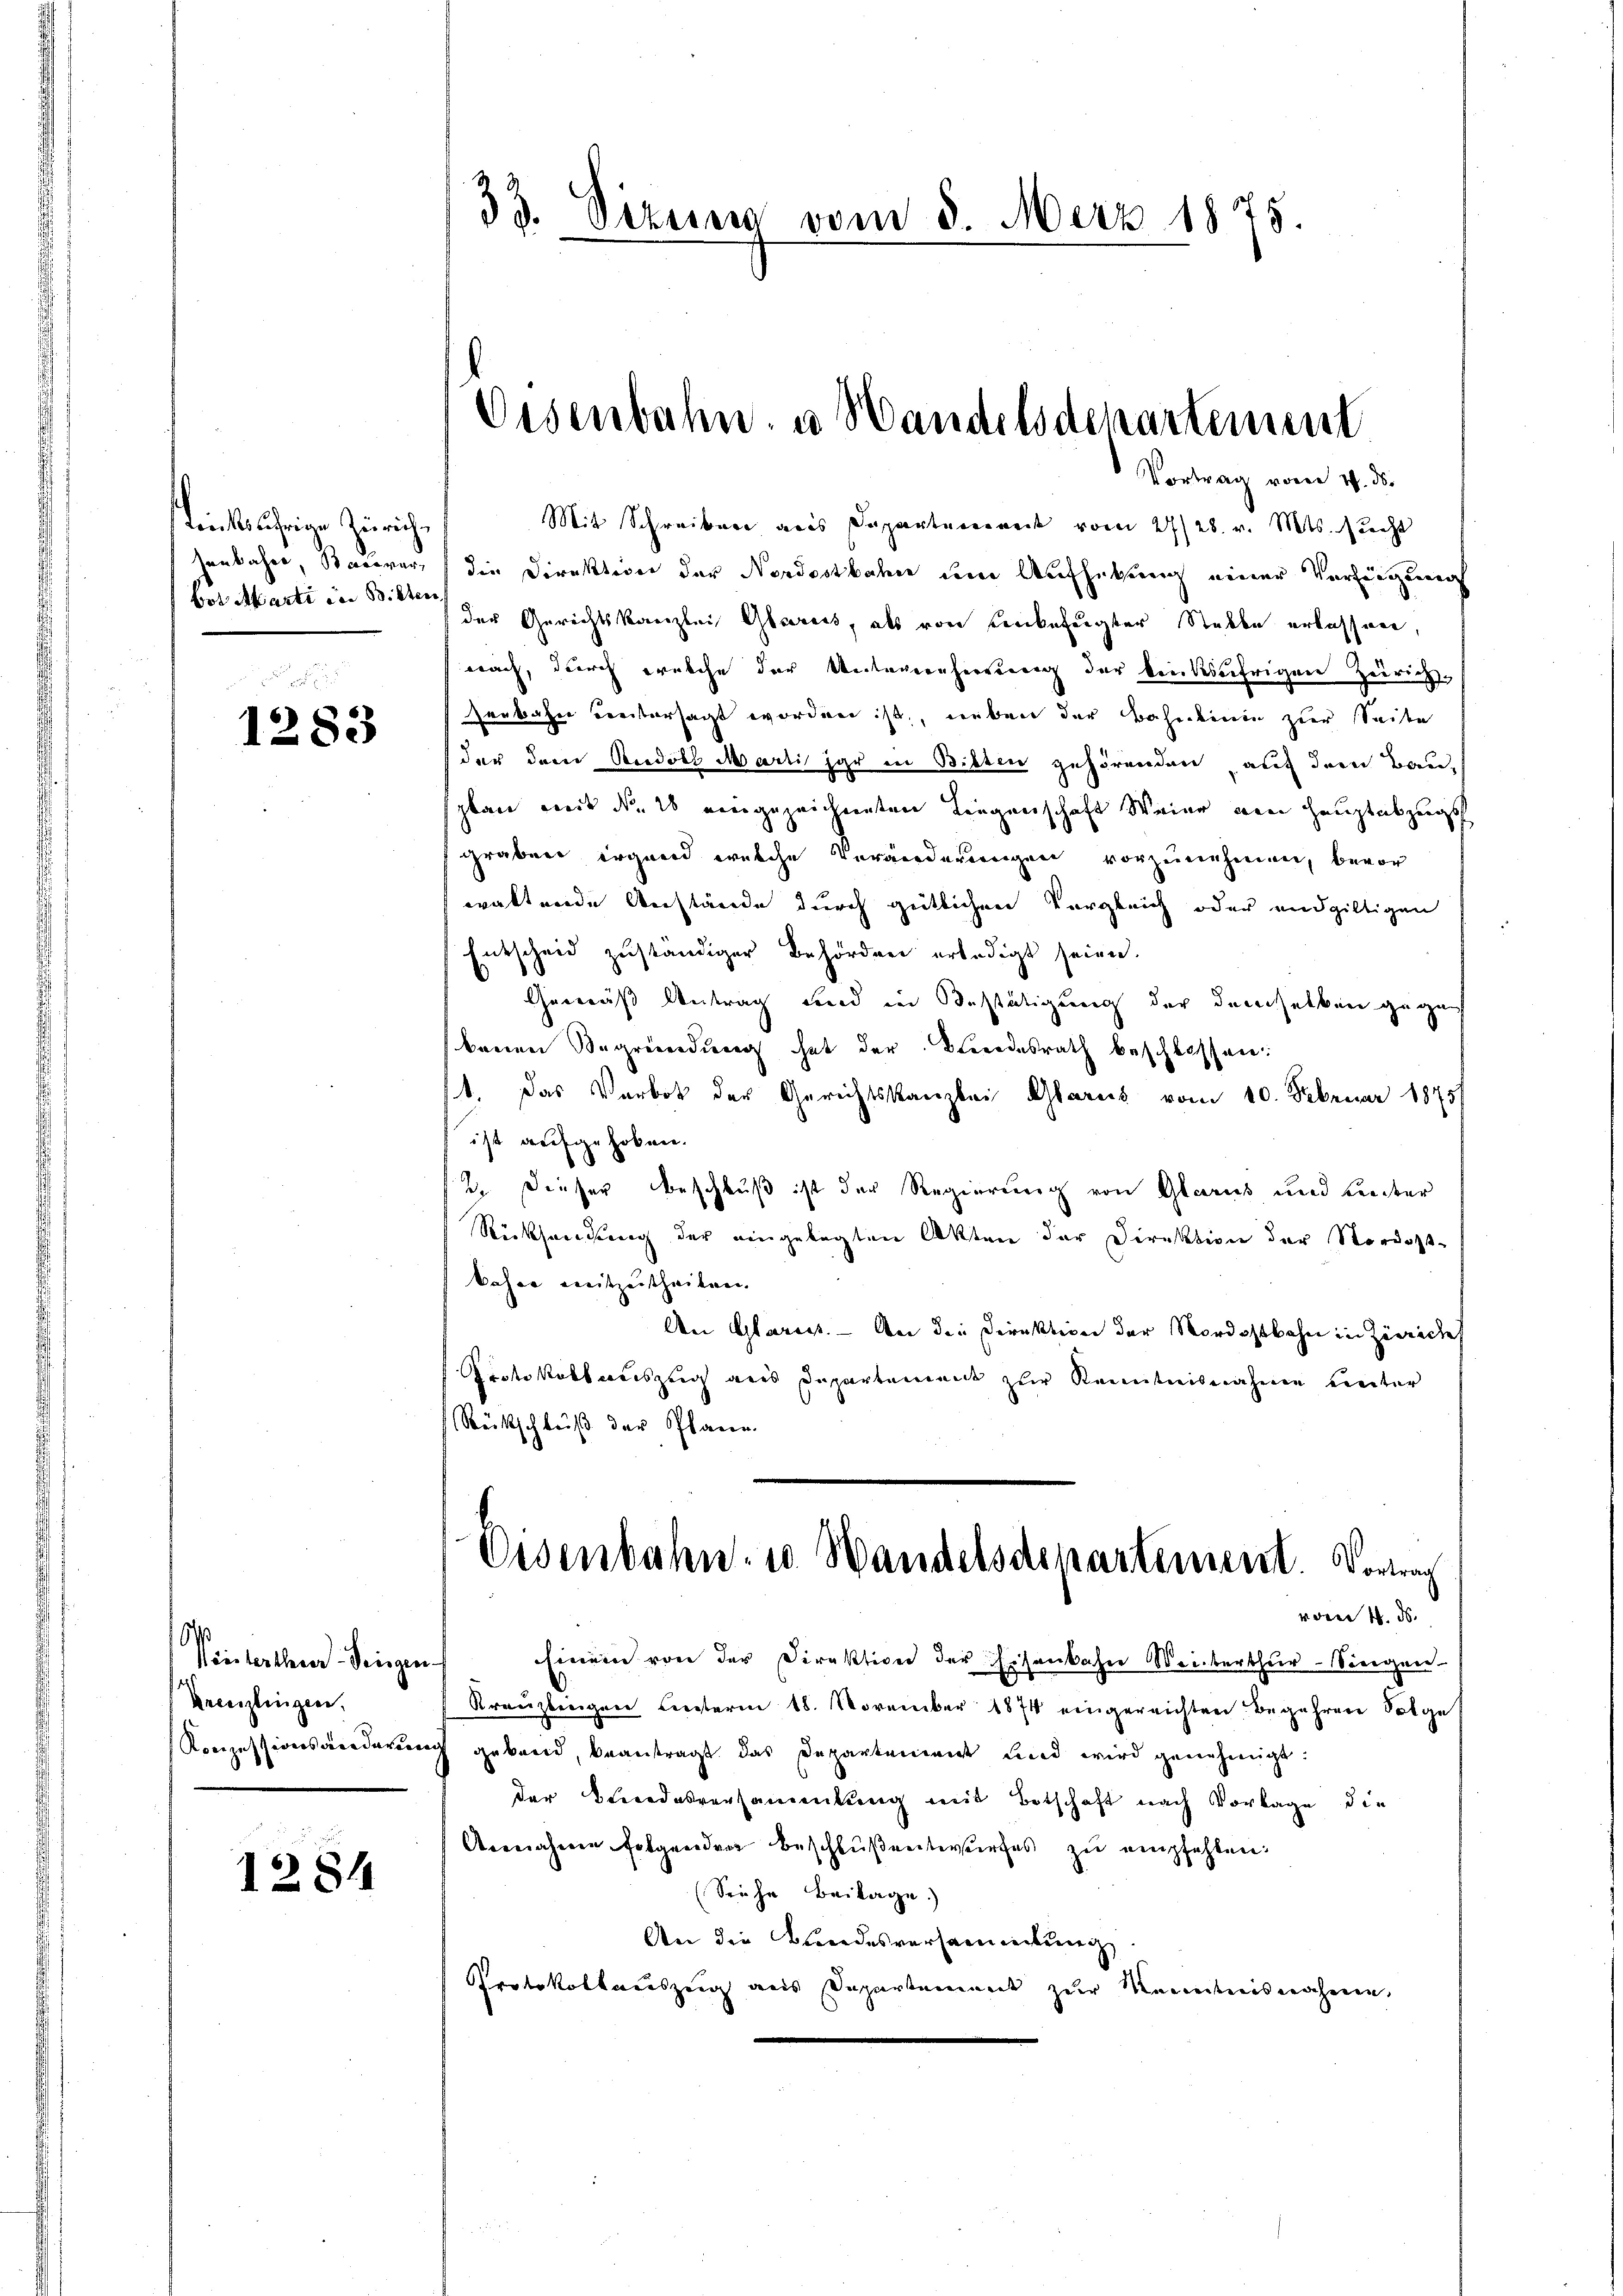
Leichsterian Zürichhenbahre, Baurer,
Bot Marti in Bitten,

1283

16
Vintertheuer Fingen
Kreuzlingen,
Konzessionsarderun

1284

33. Sizung vom 8. Merz 1875.

Disenbahn u Handelsdepartement
Vortrag von 4. ds.

Mit Schreiber aus Departement vom 27. 28. v. Mts. sucht
die Direktion der Nordostbahn um Aufhebung einer Verzeigung
der Gerichtskanzlei Glarus, als von unbefugter Staube erlassene
nach, durch welche der Unternehmung der brückseifrigen Zeirichsenbahre vetersagt worden ist, neben der Bahnlinie zur Seien
der dem Rudols Marti jar in Bitten gehörenden auf dem Bauplan mit dr. 2 eingezeichneten Liegenschaft Weier von Hauptabzugs
graben irgend welche Veränderungen vorzunehmen, bevor
waltende Anstände durch gütlichen Vergleich oder endgültigen
Entscheid zuständiger Behörden erledigt seien.
Gemäß Antrag und in Bestätigung der demselben gegen
bauen Segründung hat der Brendesrath beschlossen:
1. Das Verbot der Gerichtskanzlei Glarus vom 10. Februar 1875
ist aufgehoben.
2. Dieser Beschluß ist der Regierung von Glarus und Leiter
Rücksendung der eingelegten Akten der Direktion der Nordostkahre mitzutheilen.
An Glaruss. — An die Direktion der Nordostbahn in Zuwide
Protokollauszug aus Departement zur Kenntnisnahme Leiter
Rückschluß der Plane.
Eisenbahn, wo Handelsdepartement. Vorrag
von 4. d.
Einem von der Direktion der Eisenbahne Weiberthur–Singen
Kreuzlingen hinterm 18. November 1874 eingereichten Begehren Folge
gebend, beantragt das Departement Lied wird genehmigt.
der Todesversammlung mit Botschaft nach Vorlage die
Annahme folgenden Beschlüßentwurfes zu empfehlen:
(Siehe Beilage.)
An die Bundesversammlung
Protokollsauszeig aus Departement zur Kenntnisnahmen.